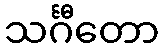
သင်္ဂီတော